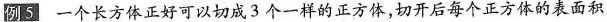
例5 一个长方体正好可以切成3个一样的正方体，切开后每个正方体的表面积